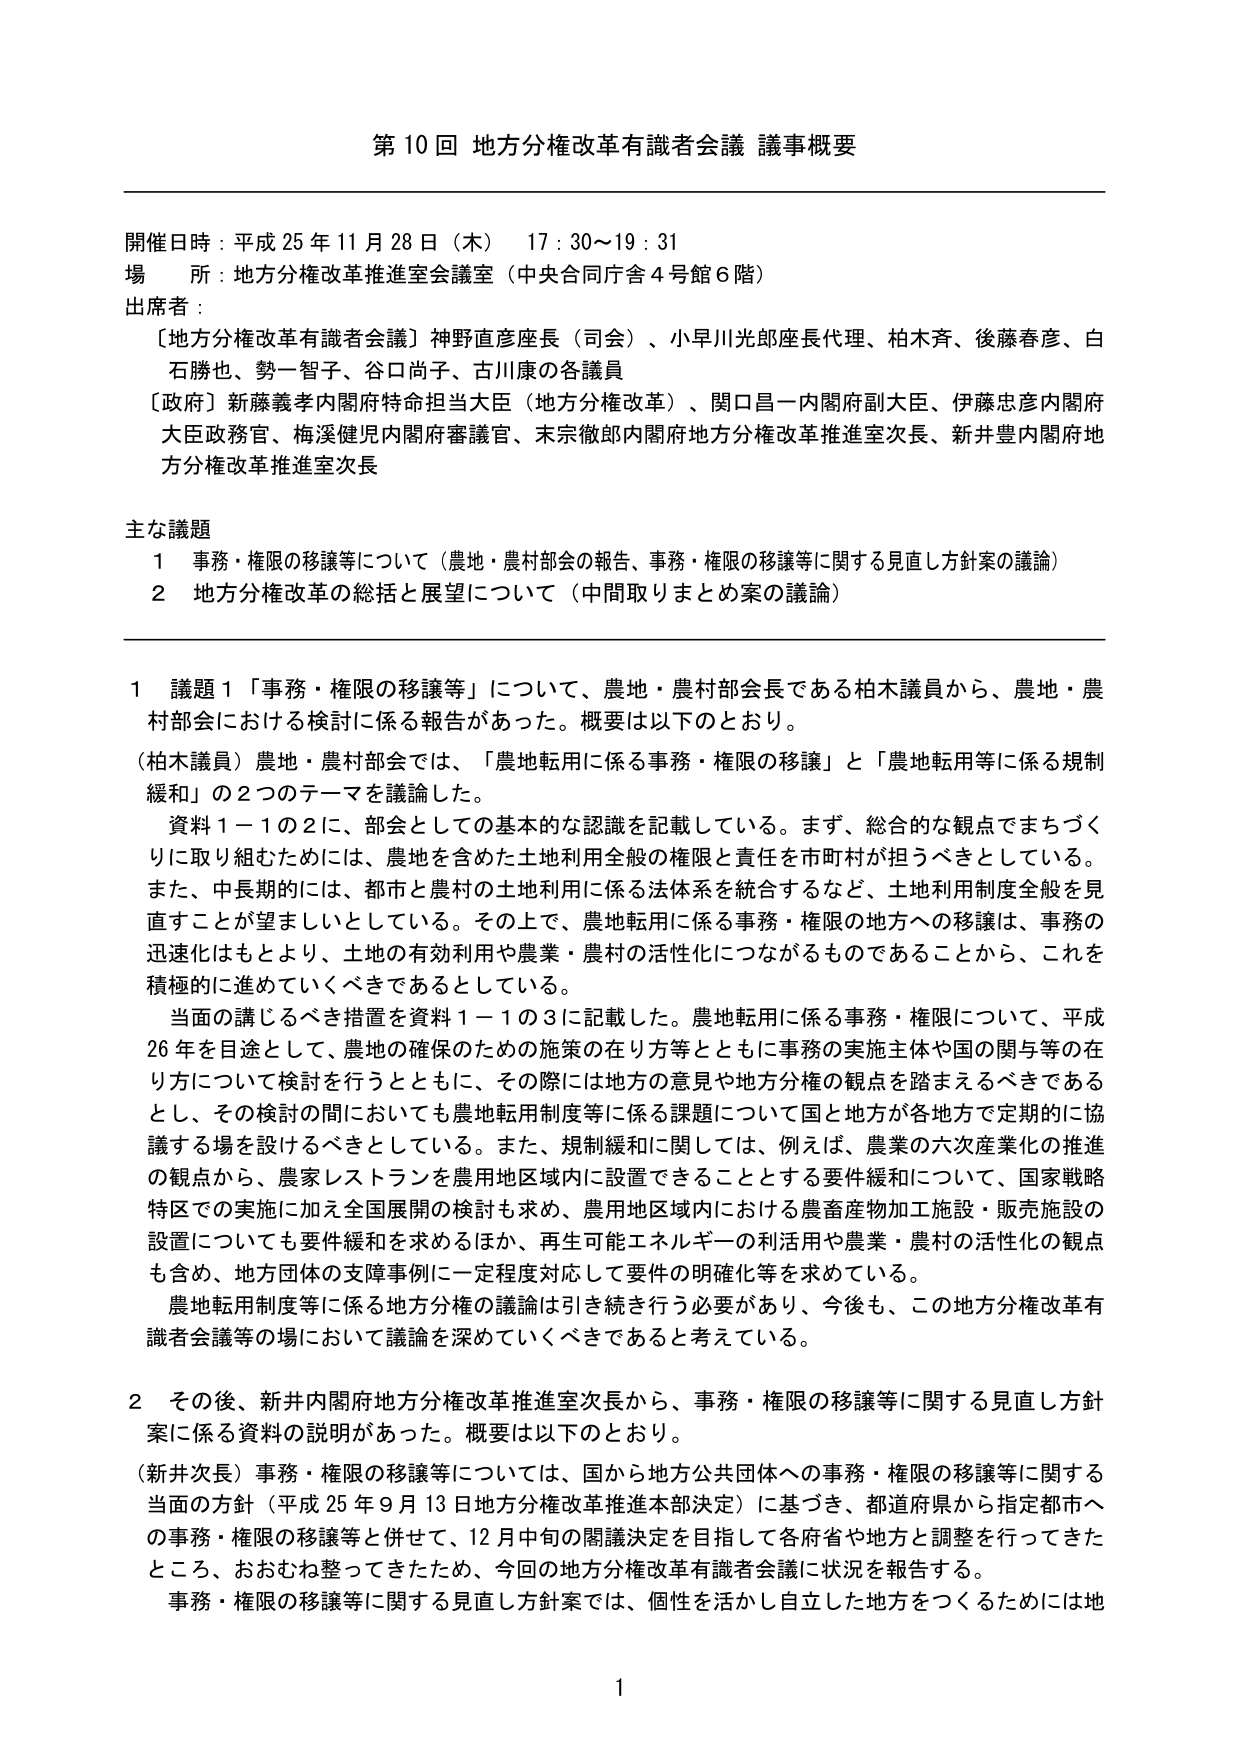
第10回 地方分権改革有識者会議 議事概要

開催日時：平成25年11月28日（木） 17：30～19：31
場 所：地方分権改革推進室会議室（中央合同庁舎4号館6階）
出席者：
〔地方分権改革有識者会議〕神野直彦座長（司会）、小早川光郎座長代理、柏木斉、後藤春彦、白石勝也、勢一智子、谷口尚子、古川康の各議員
〔政府〕新藤義孝内閣府特命担当大臣（地方分権改革）、関口昌一内閣府副大臣、伊藤忠彦内閣府大臣政務官、梅渓健児内閣府審議官、末宗徹郎内閣府地方分権改革推進室次長、新井豊内閣府地方分権改革推進室次長

主な議題
1 事務・権限の移譲等について（農地・農村部会の報告、事務・権限の移譲等に関する見直し方針案の議論）
2 地方分権改革の総括と展望について（中間取りまとめ案の議論）

1 議題1「事務・権限の移譲等」について、農地・農村部会長である柏木議員から、農地・農村部会における検討に係る報告があった。概要は以下のとおり。
（柏木議員）農地・農村部会では、「農地転用に係る事務・権限の移譲」と「農地転用等に係る規制緩和」の2つのテーマを議論した。
資料1－1の2に、部会としての基本的な認識を記載している。まず、総合的な観点でまちづくりに取り組むためには、農地を含めた土地利用全般の権限と責任を市町村が担うべきとしている。また、中長期的には、都市と農村の土地利用に係る法体系を統合するなど、土地利用制度全般を見直すことが望ましいとしている。その上で、農地転用に係る事務・権限の地方への移譲は、事務の迅速化はもとより、土地の有効利用や農業・農村の活性化につながるものであることから、これを積極的に進めていくべきであるとしている。
当面の講じるべき措置を資料1－1の3に記載した。農地転用に係る事務・権限について、平成26年を目途として、農地の確保のための施策の在り方等とともに事務の実施主体や国の関与等の在り方について検討を行うとともに、その際には地方の意見や地方分権の観点を踏まえるべきであるとし、その検討の間においても農地転用制度等に係る課題について国と地方が各地方で定期的に協議する場を設けるべきとしている。また、規制緩和に関しては、例えば、農業の六次産業化の推進の観点から、農家レストランを農用地区域内に設置できることとする要件緩和について、国家戦略特区での実施に加え全国展開の検討も求め、農用地区域内における農畜産物加工施設・販売施設の設置についても要件緩和を求めるほか、再生可能エネルギーの利活用や農業・農村の活性化の観点も含め、地方団体の支障事例に一定程度対応して要件の明確化等を求めている。
農地転用制度等に係る地方分権の議論は引き続き行う必要があり、今後も、この地方分権改革有識者会議等の場において議論を深めていくべきであると考えている。

2 その後、新井内閣府地方分権改革推進室次長から、事務・権限の移譲等に関する見直し方針案に係る資料の説明があった。概要は以下のとおり。
（新井次長）事務・権限の移譲等については、国から地方公共団体への事務・権限の移譲等に関する当面の方針（平成25年9月13日地方分権改革推進本部決定）に基づき、都道府県から指定都市への事務・権限の移譲等と併せて、12月中旬の閣議決定を目指して各府省や地方と調整を行ってきたところ、おおむね整ってきたため、今回の地方分権改革有識者会議に状況を報告する。
事務・権限の移譲等に関する見直し方針案では、個性を活かし自立した地方をつくるためには地

1